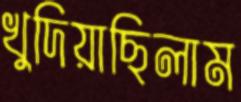
খুদিয়াছিলাম